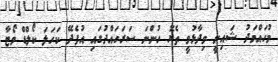
މުހައްމަދު ޝައިނީ ވިދާޅުވީ ތެޔޮ ހުންނަ ސަރަހައްދުގައި އުފެދޭ ކަަހަލަ ކޯލްޑް ވޯޓާ